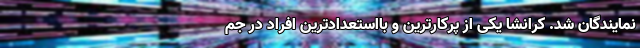
نمایندگان شد. کرانشا یکی از پرکارترین و بااستعدادترین افراد در جم